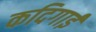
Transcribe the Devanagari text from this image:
कदिगाई